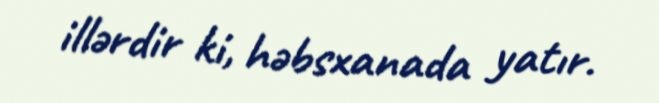
illərdir ki, həbsxanada yatır.